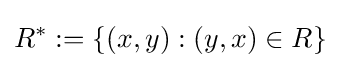
R^{*}:=\{(x,y):(y,x)\in R\}